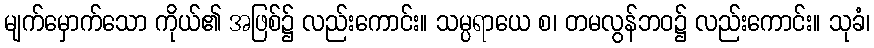
မျက်မှောက်သော ကိုယ်၏ အဖြစ်၌ လည်းကောင်း။ သမ္ပရာယေ စ၊ တမလွန်ဘဝ၌ လည်းကောင်း။ သုခံ၊